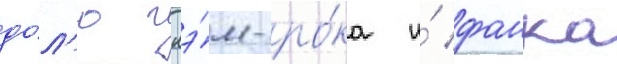
до́л'ю глэ́м-ро́ка и́ фанка